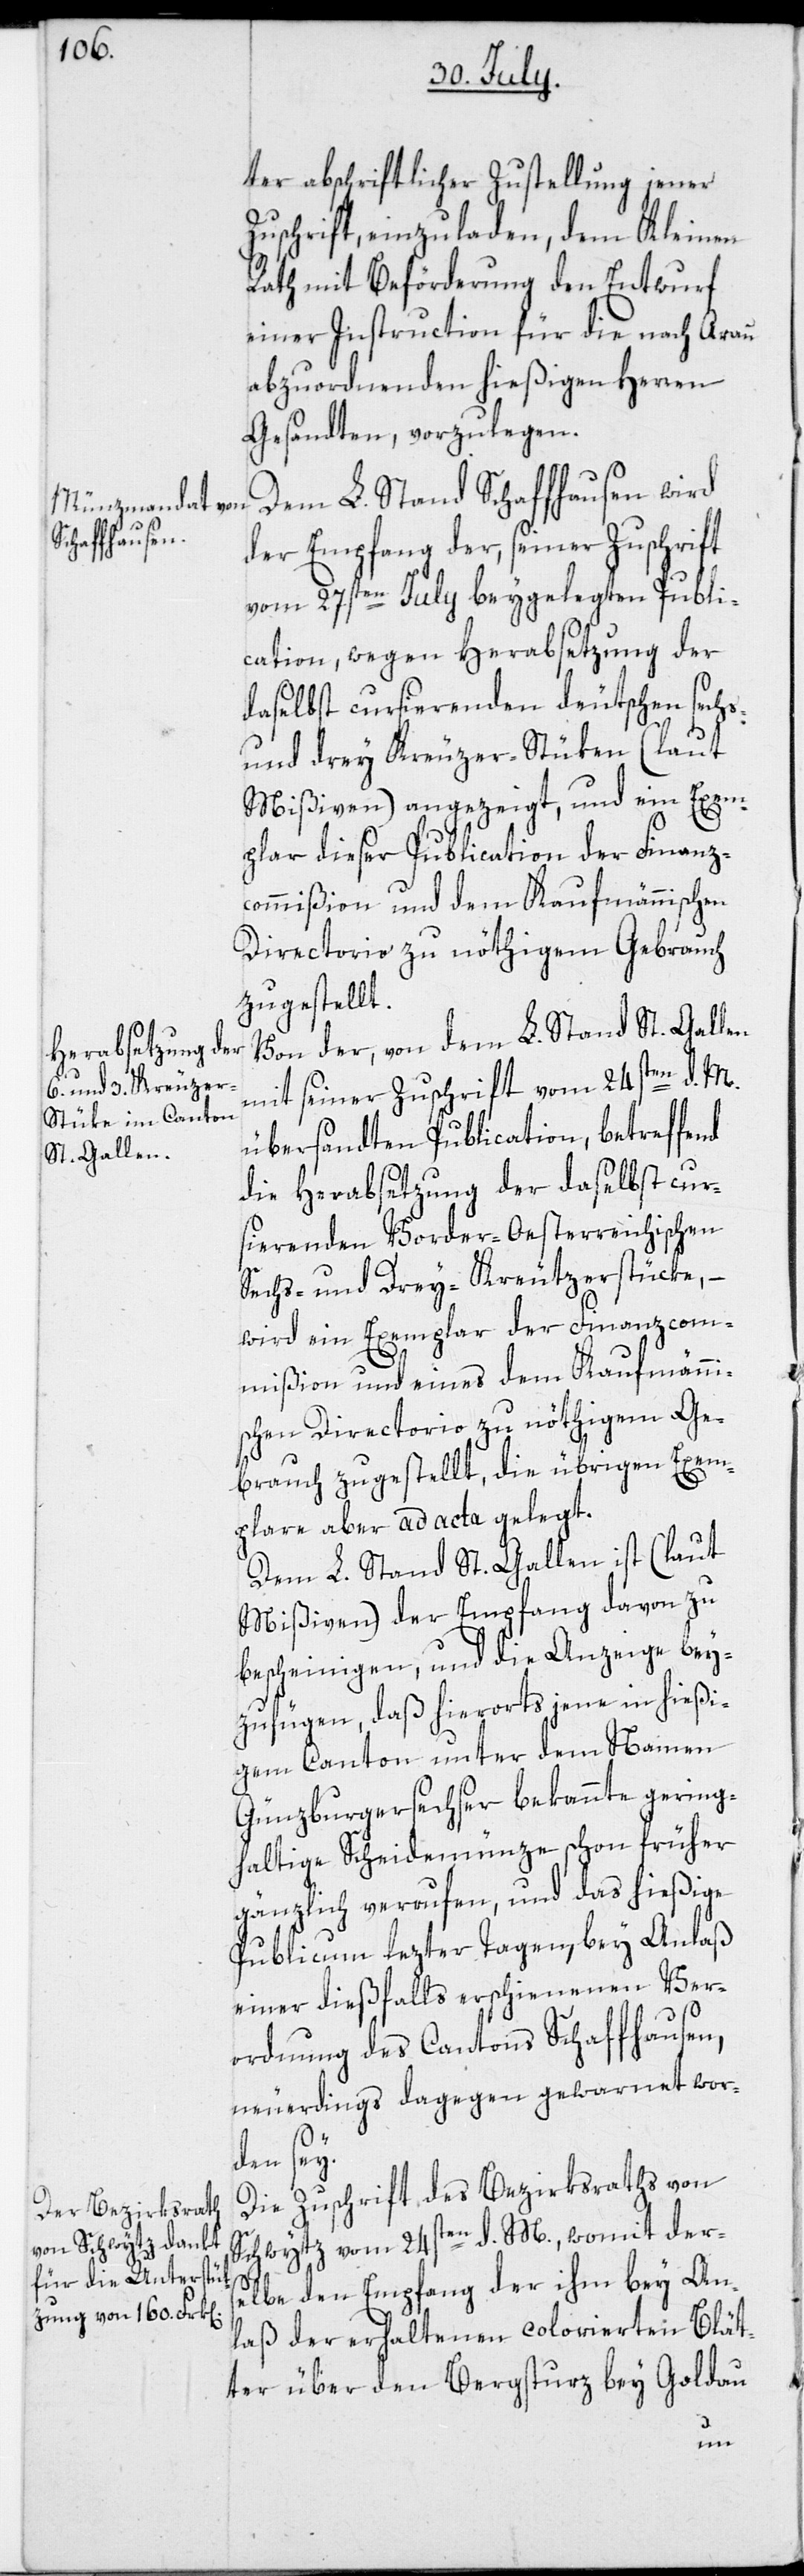
ter abschriftlicher Zustellung jener
Zuschrift, einzuladen, dem Kleinen
Rath mit Beförderung den Entwurf
einer Instruction für die nach Arau
abzuordnenden hießigen Herren
Gesandten, vorzulegen.
Dem L. Stand Schaffhausen wird
der Empfang der, seiner Zuschrift
vom 27sten July beygelegten Publi¬
cation, wegen Herabsetzung der
daselbst cursierenden deutschen sechs-
und drey Kreuzer-Stüken (laut
Mißiven) angezeigt, und ein Exem¬
plar dieser Publication der Finanz¬
commißion und dem Kaufmännischen
Directorio zu nöthigem Gebrauch
zugestellt.
Von der, von dem L. Stand St. Gallen
mit seiner Zuschrift vom 24sten d. M.
übersandten Publication, betreffend
die Herabsetzung der daselbst cur¬
sierenden Vorder-Oesterreichischen
Sechs- und Drey-Kreutzerstücke,
wird ein Exemplar der Finanzcom¬
mißion und eines dem Kaufmänni¬
schen Directorio zu nöthigem Ge¬
brauch zugestellt, die übrigen Exem¬
plare aber ad acta gelegt.
Dem L. Stand St. Gallen ist (laut
Mißiven) der Empfang davon zu
bescheinigen, und die Anzeige bey¬
zufügen, daß hierorts jene in hießi¬
gem Canton unter dem Namen
Günzburgersechser bekannte gering¬
haltige Scheidemünze schon früher
gänzlich verrufen, und das hießige
Publicum lezter Tagen, bey Anlaß
einer dießfalls erschienenen Ver¬
ordnung des Cantons Schaffhausen,
neuerdings dagegen gewarnet wor¬
den sey.
Die Zuschrift des Bezirksraths von
Schwytz vom 24sten d. M., womit ders¬
elbe den Empfang der ihm bey An¬
laß der erhaltenen colorierten Blät¬
ter über den Bergsturz bey Goldau